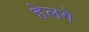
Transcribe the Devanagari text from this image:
हेलगे